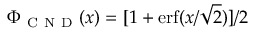
\Phi _ { \mathrm { ~ C ~ N ~ D ~ } } ( x ) = [ 1 + \operatorname { e r f } ( x / \sqrt { 2 } ) ] / 2